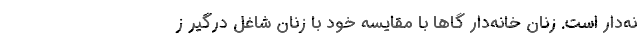
نه‌دار است. زنان خانه‌دار گاها با مقایسه خود با زنان شاغل درگیر ز